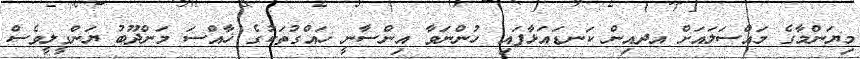
މިޔަންމާގެ މައްސަލައަށް އދއިން ކަނޑައަޅާފައި ހުންނަވާ އިންސާނީ ހައްގުތަކުގެ ޚާއްސަ މަންދޫބު ޔަންގީލީވެސް